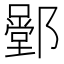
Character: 𨞱